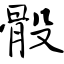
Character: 骰